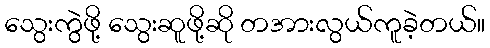
သွေးကွဲဖို့ သွေးဆူဖို့ဆို တအားလွယ်ကူခဲ့တယ်။